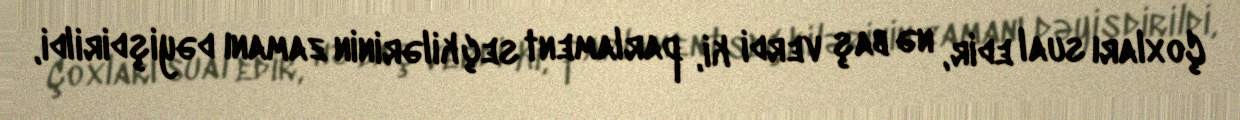
Çoxları sual edir, nə baş verdi ki, parlament seçkilərinin zamanı dəyişdirildi,